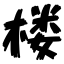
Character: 楼